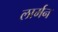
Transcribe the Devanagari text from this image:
लार्मन